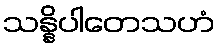
သန္နိပါတေသဟံ